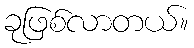
ခုဖြစ်လာတယ်။